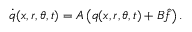
\dot { q } ( x , r , \theta , t ) = A \left( q ( x , r , \theta , t ) + B \hat { f } \right) .